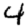
Digit: 4